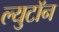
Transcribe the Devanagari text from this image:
ल्युटॉन